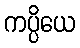
ကပ္ပိယေ